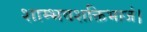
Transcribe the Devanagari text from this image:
शाम्भवशक्तिभाजं।